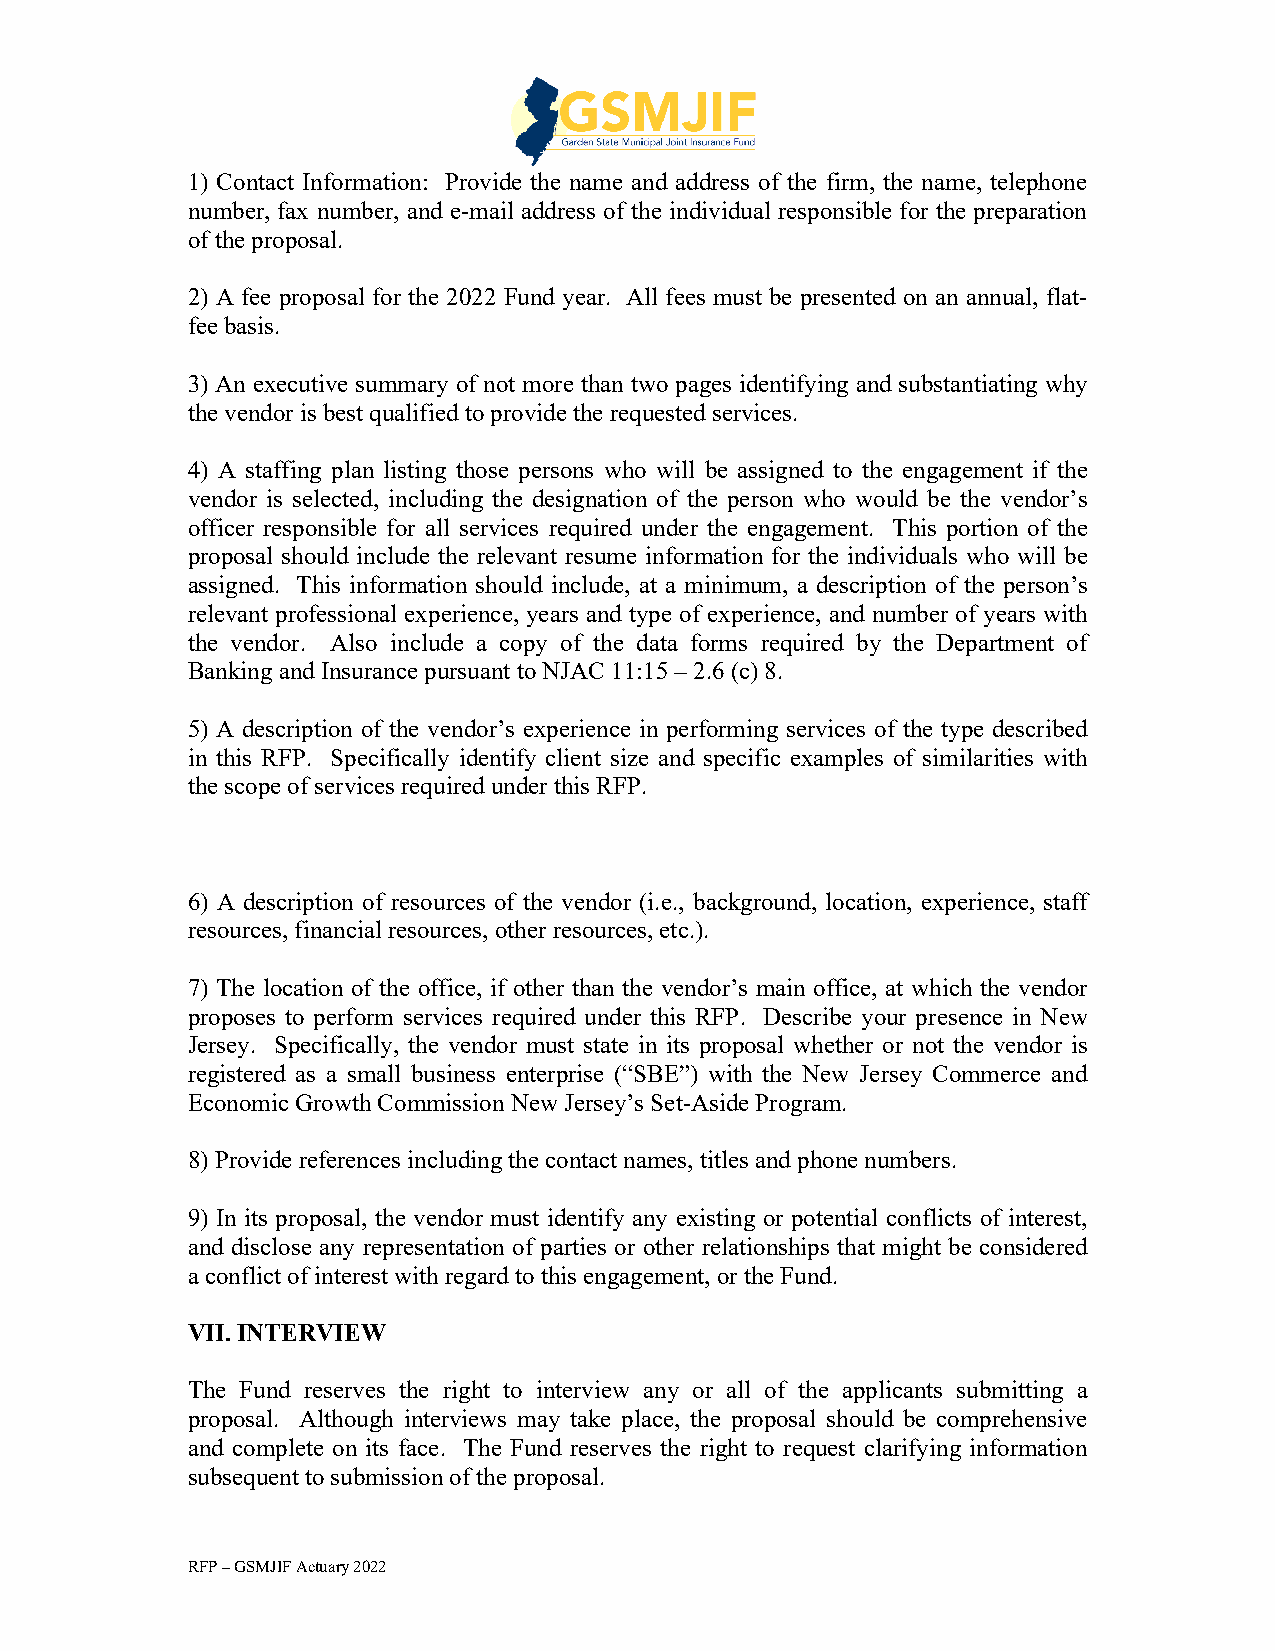
1) Contact Information: Provide the name and address of the firm, the name, telephone
 number, fax number, and e-mail address of the individual responsible for the preparation
 of the proposal.
 2) A fee proposal for the 2022 Fund year. All fees must be presented on an annual, flat-
 fee basis.
 3) An executive summary of not more than two pages identifying and substantiating why
 the vendor is best qualified to provide the requested services.
 4) A staffing plan listing those persons who will be assigned to the engagement if the
 vendor is selected, including the designation of the person who would be the vendor’s
 officer responsible for all services required under the engagement. This portion of the
 proposal should include the relevant resume information for the individuals who will be
 assigned. This information should include, at a minimum, a description of the person’s
 relevant professional experience, years and type of experience, and number of years with
 the vendor. Also include a copy of the data forms required by the Department of
 Banking and Insurance pursuant to NJAC 11:15 – 2.6 (c) 8.
 5) A description of the vendor’s experience in performing services of the type described
 in this RFP. Specifically identify client size and specific examples of similarities with
 the scope of services required under this RFP.
 6) A description of resources of the vendor (i.e., background, location, experience, staff
 resources, financial resources, other resources, etc.).
 7) The location of the office, if other than the vendor’s main office, at which the vendor
 proposes to perform services required under this RFP. Describe your presence in New
 Jersey. Specifically, the vendor must state in its proposal whether or not the vendor is
 registered as a small business enterprise (“SBE”) with the New Jersey Commerce and
 Economic Growth Commission New Jersey’s Set-Aside Program.
 8) Provide references including the contact names, titles and phone numbers.
 9) In its proposal, the vendor must identify any existing or potential conflicts of interest,
 and disclose any representation of parties or other relationships that might be considered
 a conflict of interest with regard to this engagement, or the Fund.
 VII. INTERVIEW
 The Fund reserves the right to interview any or all of the applicants submitting a
 proposal. Although interviews may take place, the proposal should be comprehensive
 and complete on its face. The Fund reserves the right to request clarifying information
 subsequent to submission of the proposal.
 RFP – GSMJIF Actuary 2022